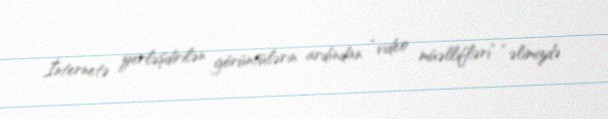
İnternetə yerləşdirilən görüntülərin ardından “video müəllifləri” “əlimizdə